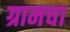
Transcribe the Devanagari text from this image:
ग्रामचा